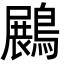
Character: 𪄡